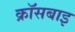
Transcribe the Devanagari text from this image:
क्रॉसबाइ